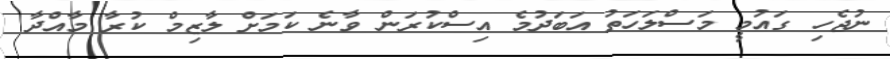
ނުޖެހި ގައުމީ މަސްލަހަތު އަބަދުމެ އިސްކުރަން ވާނެ ކަމަށް ލާޒިމް ކުރާ މާއްދާ